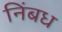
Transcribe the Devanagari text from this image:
निंबध